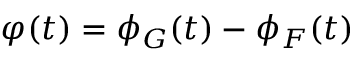
\varphi ( t ) = \phi _ { G } ( t ) - \phi _ { F } ( t )